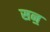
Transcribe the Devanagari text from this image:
सन॒